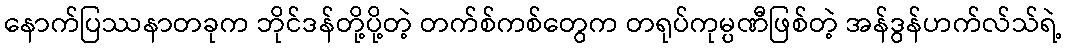
နောက်ပြဿနာတခုက ဘိုင်ဒန်တို့ပို့တဲ့ တက်စ်ကစ်တွေက တရုပ်ကုမ္ပဏီဖြစ်တဲ့ အန်ဒွန်ဟက်လ်သ်ရဲ့